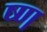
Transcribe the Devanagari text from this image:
ष्ण